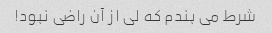
شرط می بندم که لی از آن راضی نبود!